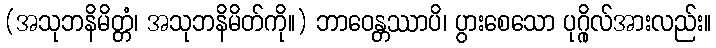
(အသုဘနိမိတ္တံ၊ အသုဘနိမိတ်ကို။) ဘာဝေန္တဿာပိ၊ ပွားစေသော ပုဂ္ဂိုလ်အားလည်း။